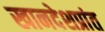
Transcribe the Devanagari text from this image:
खानदेशप्रांत